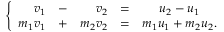
\left\{ { \begin{array} { r c r c c } { v _ { 1 } } & { - } & { v _ { 2 } } & { = } & { u _ { 2 } - u _ { 1 } } \\ { m _ { 1 } v _ { 1 } } & { + } & { m _ { 2 } v _ { 2 } } & { = } & { m _ { 1 } u _ { 1 } + m _ { 2 } u _ { 2 } . } \end{array} } \right.